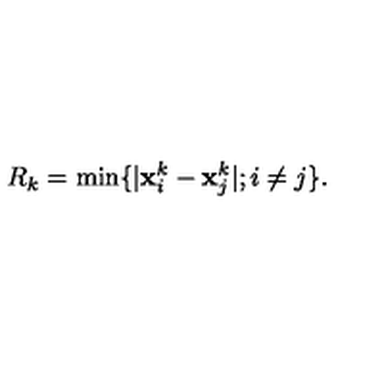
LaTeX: R _ { k } = \min \{ | { \bf x } _ { i } ^ { k } - { \bf x } _ { j } ^ { k } | ; i \neq j \} .